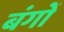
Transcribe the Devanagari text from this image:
बंगों